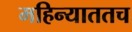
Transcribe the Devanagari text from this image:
महिन्याततच